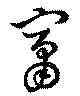
竄